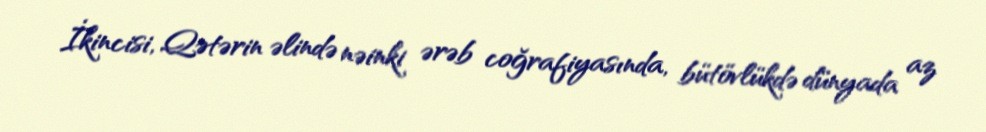
İkincisi, Qətərin əlində nəinki ərəb coğrafiyasında, bütövlükdə dünyada az